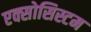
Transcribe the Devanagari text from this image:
एक्सोसिस्टम